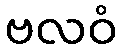
ဗလဝံ